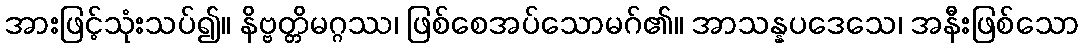
အားဖြင့်သုံးသပ်၍။ နိဗ္ဗတ္တိမဂ္ဂဿ၊ ဖြစ်စေအပ်သောမဂ်၏။ အာသန္နပဒေသေ၊ အနီးဖြစ်သော